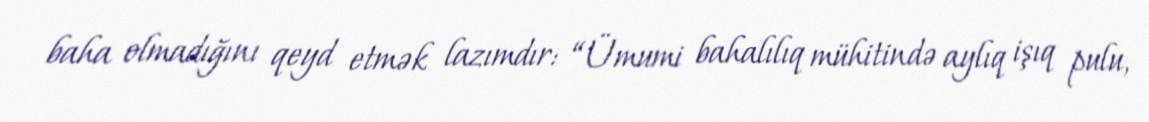
baha olmadığını qeyd etmək lazımdır: “Ümumi bahalılıq mühitində aylıq işıq pulu,